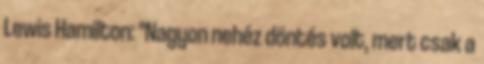
Lewis Hamilton: "Nagyon nehéz döntés volt, mert csak a